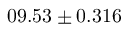
0 9 . 5 3 \pm 0 . 3 1 6